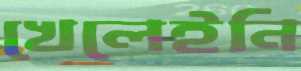
খেলেইনি